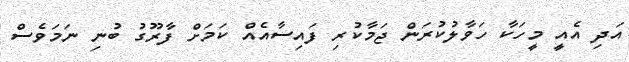
އަދި އެއީ މީހަކާ ހަވާލުކުރަން ޖަމާކުރި ފައިސާއެއް ކަމަށް ފާރޫގު ބުނި ނަމަވެސް